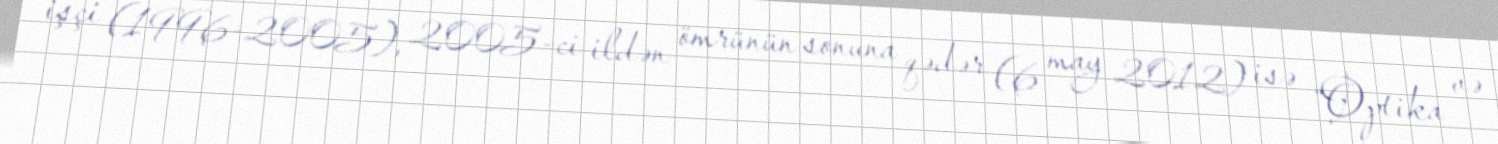
işçi (1996-2005), 2005-ci ildən ömrünün sonuna qədər (6 may 2012) isə “Optika və